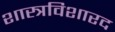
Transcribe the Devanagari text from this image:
शास्त्रविशारद